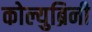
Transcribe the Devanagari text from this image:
कोल्युब्रिनी